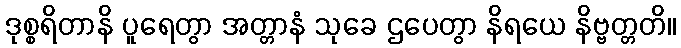
ဒုစ္စရိတာနိ ပူရေတွာ အတ္တာနံ သုခေ ဌပေတွာ နိရယေ နိဗ္ဗတ္တတိ။